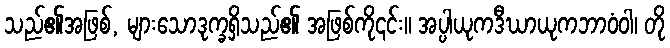
သည်၏အဖြစ်, များသောဒုက္ခရှိသည်၏ အဖြစ်ကို၎င်း။ အပ္ပါယုကဒီဃာယုကဘာဝံဝါ၊ တို